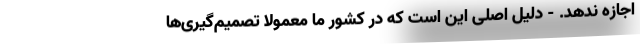
اجازه ندهد. - دلیل اصلی این است که در کشور ما معمولا تصمیم‌گیری‌ها